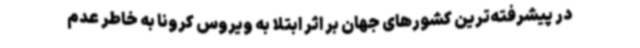
در پیشرفته‌ترین کشورهای جهان بر اثر ابتلا به ویروس کرونا به خاطر عدم